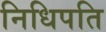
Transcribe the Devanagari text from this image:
निधिपति